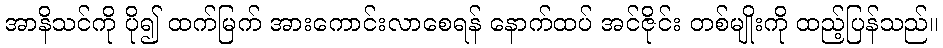
အာနိသင်ကို ပို၍ ထက်မြက် အားကောင်းလာစေရန် နောက်ထပ် အင်ဇိုင်း တစ်မျိုးကို ထည့်ပြန်သည်။